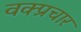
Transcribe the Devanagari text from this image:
वक्प्रचार